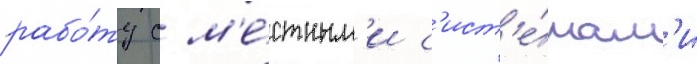
рабо́ту с м'е́стным'и с'ист'е́мам'и